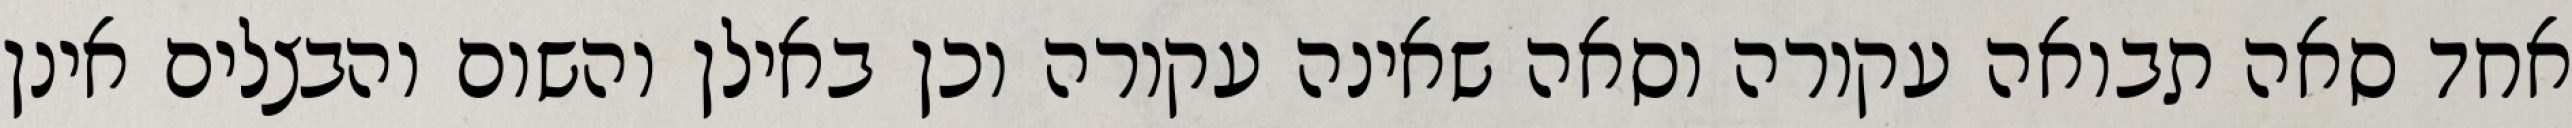
אחד סאה תבואה עקורה וסאה שאינה עקורה וכן באילן והשום והבצלים אינן